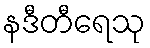
နဒီတီရေသု